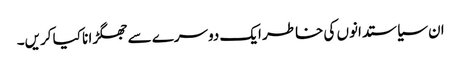
ان سیاستدانوں کی خاطر ایک دوسرے سے جھگڑا نا کیا کریں۔